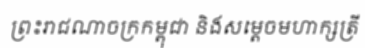
ព្រះរាជណាចក្រកម្ពុជា និងសម្តេចមហាក្សត្រី